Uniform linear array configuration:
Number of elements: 64
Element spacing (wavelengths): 1
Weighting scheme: kaiser
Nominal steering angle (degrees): -45
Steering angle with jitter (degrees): -45.653
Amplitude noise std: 0.05
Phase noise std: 0.05

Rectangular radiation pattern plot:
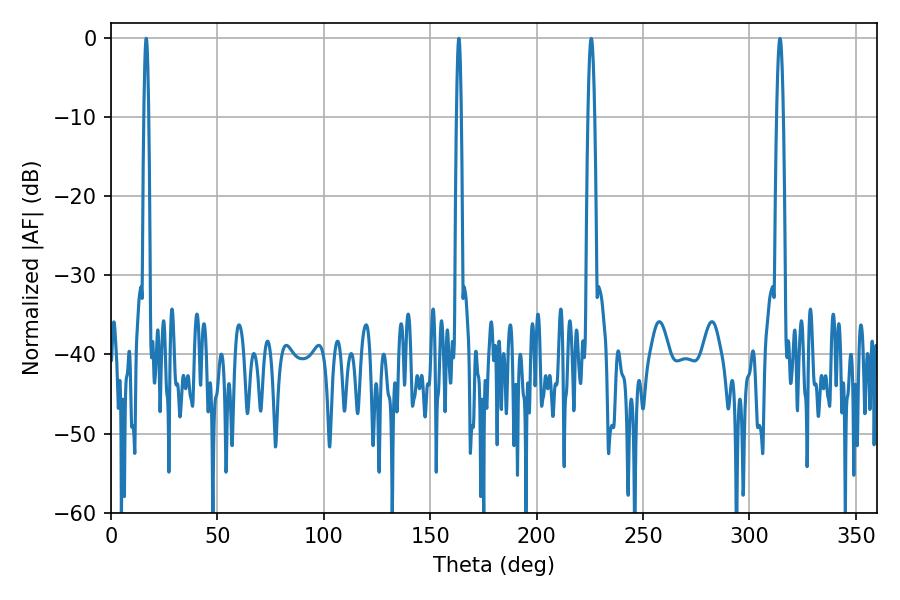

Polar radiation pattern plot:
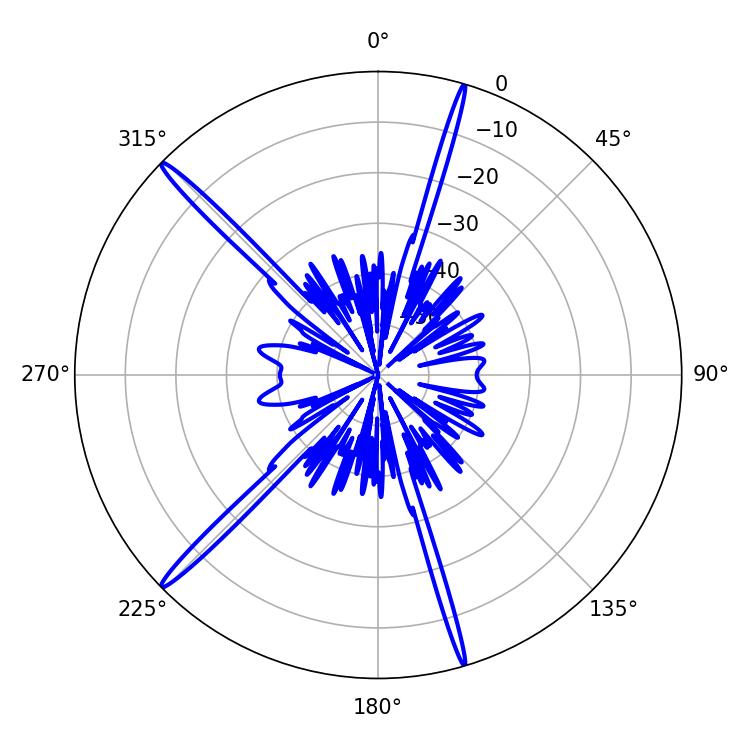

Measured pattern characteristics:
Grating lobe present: TRUE
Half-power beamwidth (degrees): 1.08
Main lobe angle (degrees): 16.56